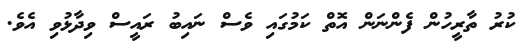
ކުރު ތާރީހުން ފެންނަން އޮތް ކަމުގައި ވެސް ނައިބު ރައީސް ވިދާޅުވި އެވެ.